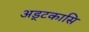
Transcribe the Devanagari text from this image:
अड्टकासि